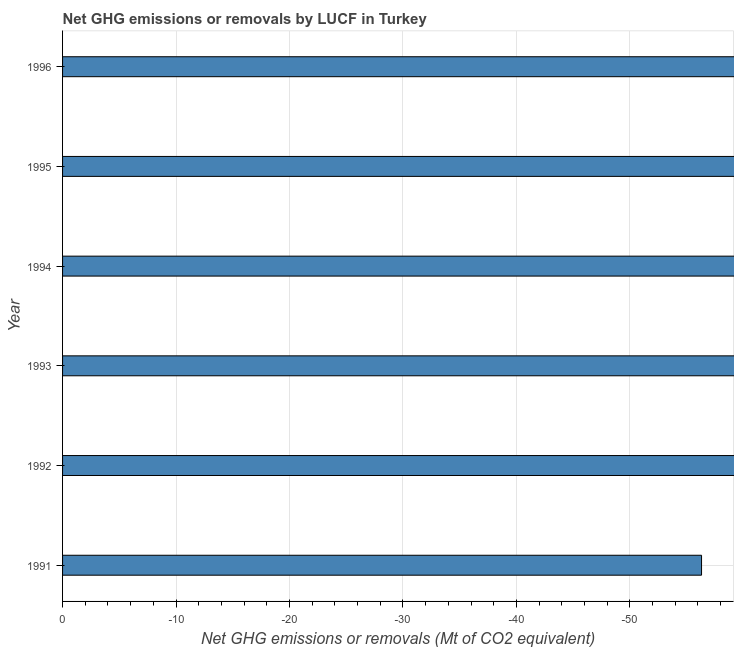
| Year | GHG net emissions or removals |
 | --- | --- |
 | 1991 | -56.3 |
 | 1992 | -60.7 |
 | 1993 | -60.3 |
 | 1994 | -62.2 |
 | 1995 | -61.8 |
 | 1996 | -62.4 |